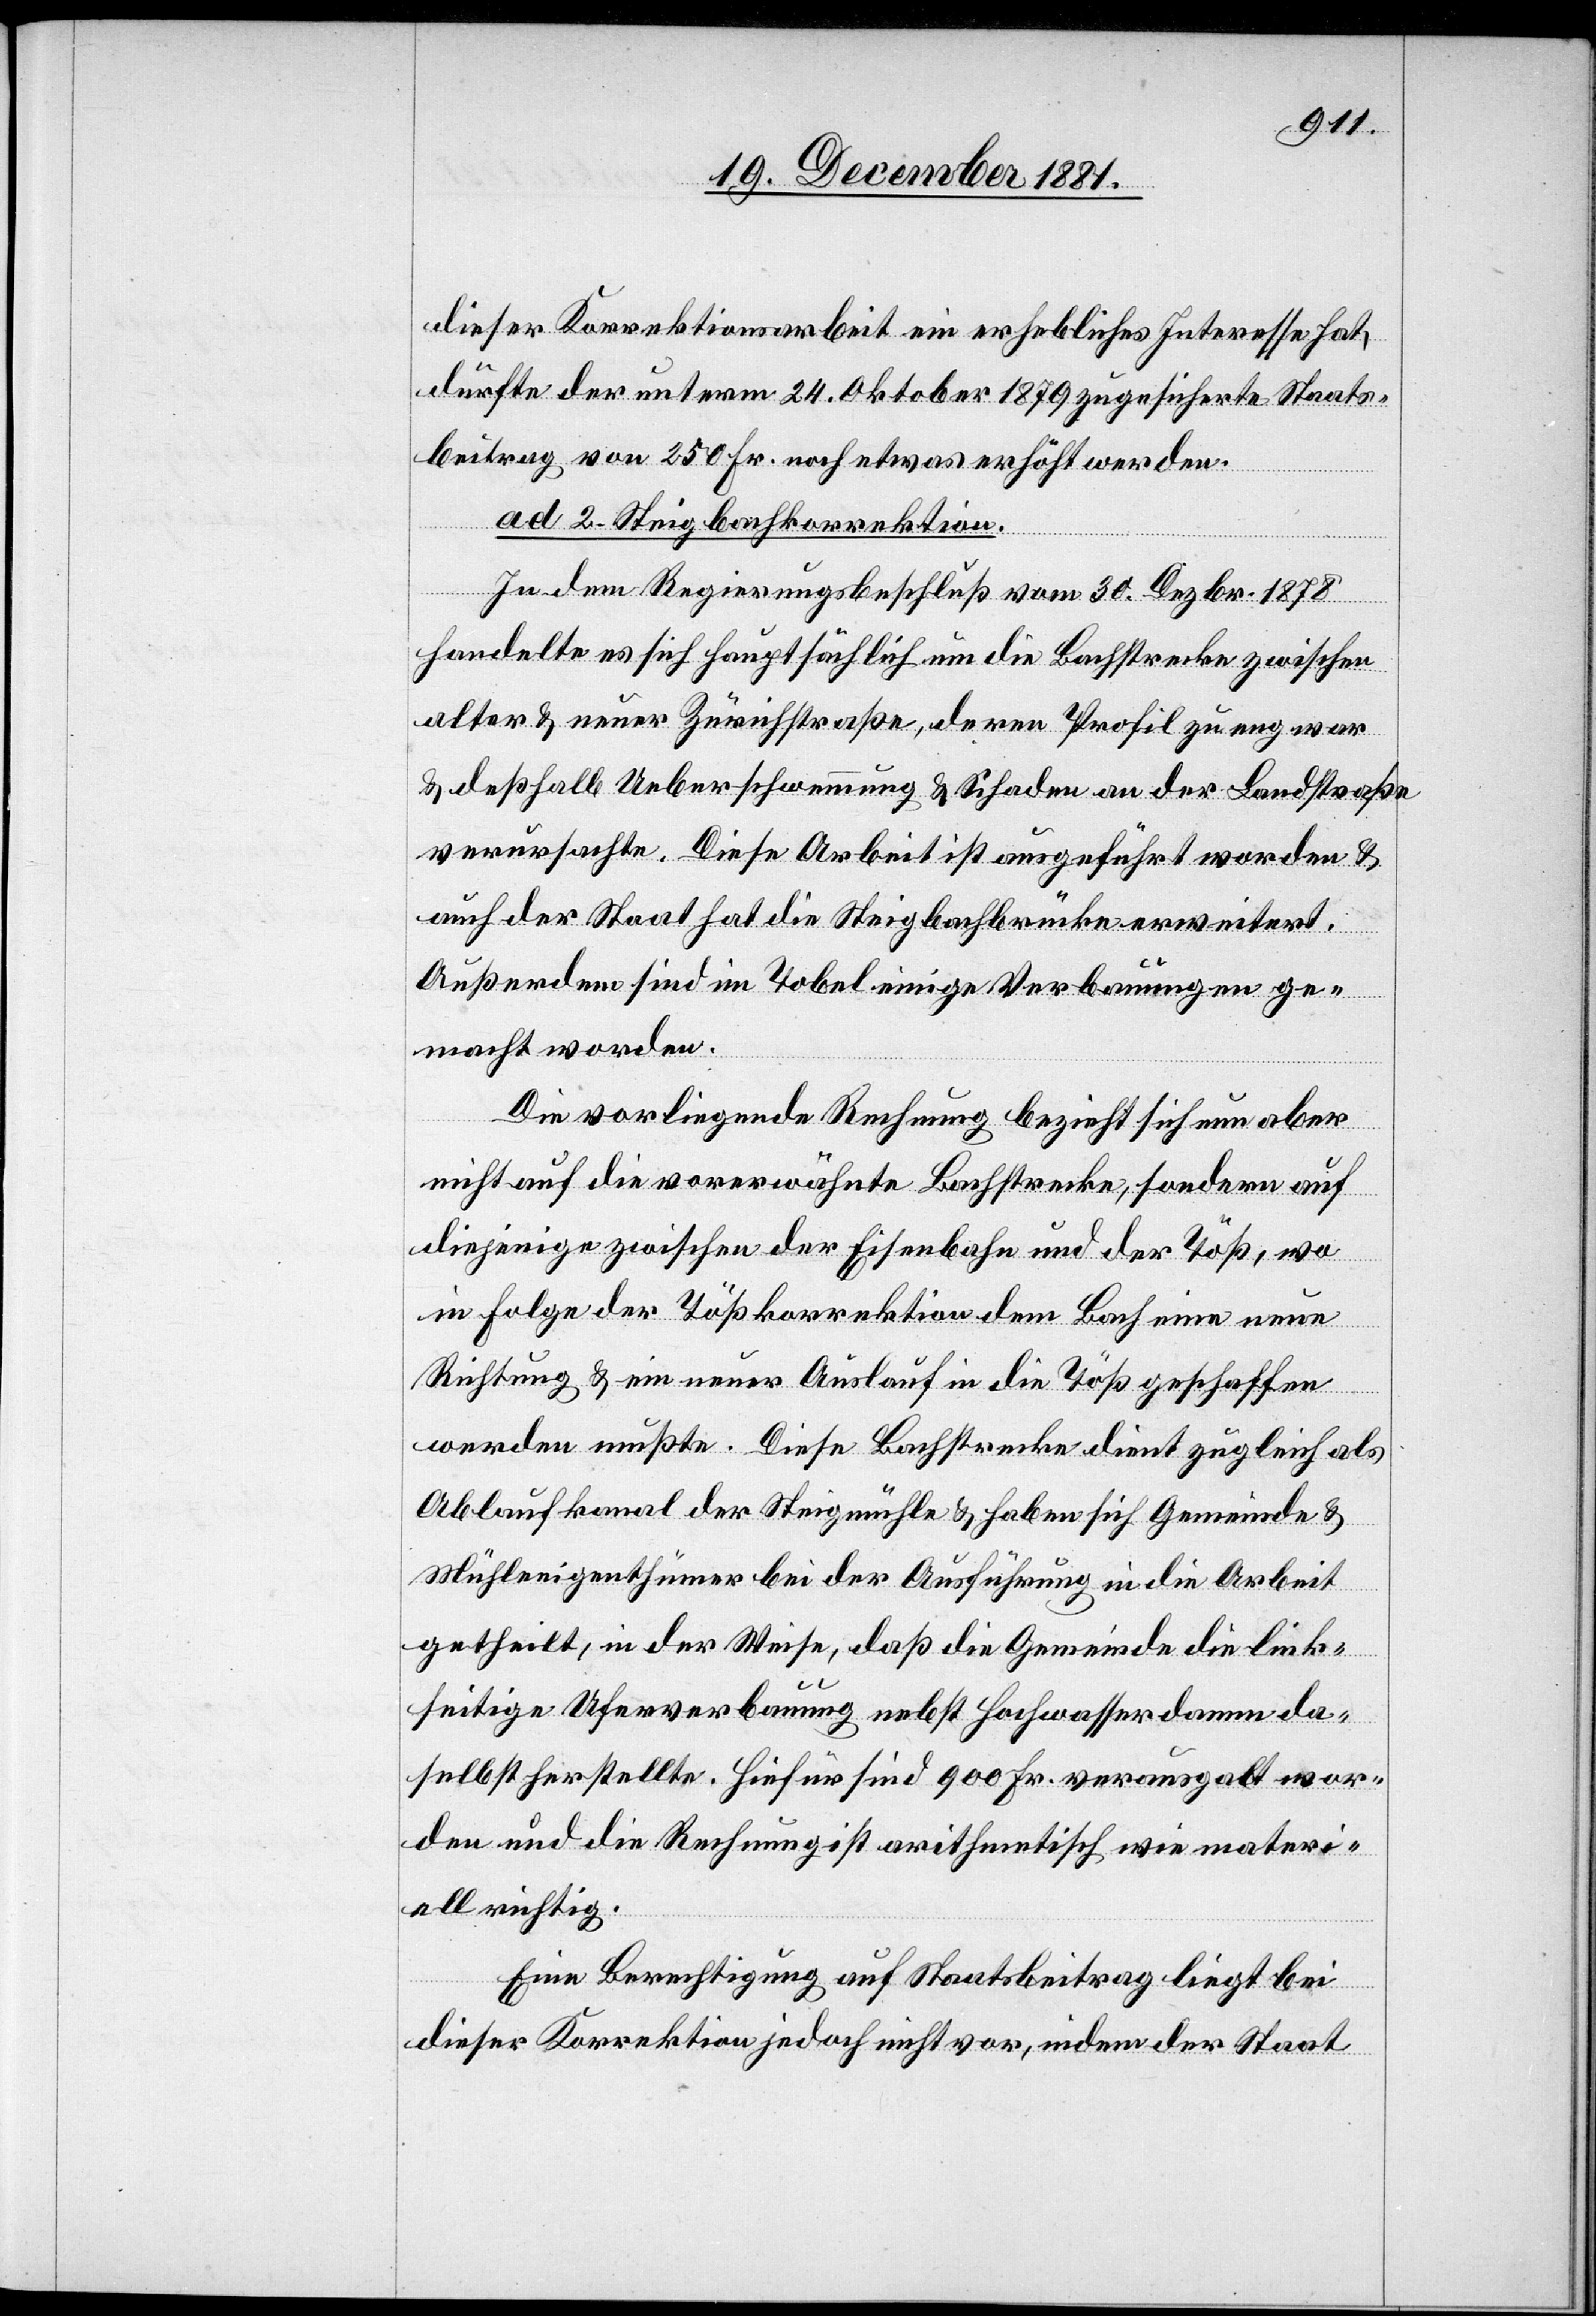
dieser Korrektionsarbeit ein erhebliches Interesse hat,
dürfte der unterm 24. Oktober 1879 zugesicherte Staats¬
beitrag von 250 Fr. noch etwas erhöht werden.
ad 2. Steigbachkorrektion.
In dem Regierungsbeschluß vom 30. Dezbr. 1878
handelte es sich hauptsächlich um die Bachstraße zwischen
alter & neuer Zürichstraße, deren Profil zu eng war
& deßhalb Ueberschwemmung & Schaden an der Landstraße
verursachte. Diese Arbeit ist ausgeführt worden &
auch der Staat hat die Steigbachbrücke erweitert.
Außerdem sind im Tobel einige Verbauungen ge¬
macht worden.
Die vorliegende Rechnung bezieht sich nun aber
nicht auf die vorerwähnte Bachstraße, sondern auf
diejenige zwischen der Eisenbahn und der Töß, wo
in Folge der Tößkorrektion dem Bach eine neue
Richtung & ein neuer Auslauf in die Töß geschaffen
werden mußte. Diese Bachstrecke dient zugleich als
Ablaufkanal der Steigmühle & haben sich Gemeinde &
Mühleeigenthümer bei der Ausführung in die Arbeit
getheilt, in der Weise, daß die Gemeinde die link¬
seitige Uferverbauung nebst Hochwasserdamm da¬
selbst herstellte. Hiefür sind 900 Fr. verausgabt wor¬
den und die Rechnung ist arithmetisch wie materi¬
ell richtig.
Eine Berechtigung auf Staatsbeitrag liegt bei
dieser Korrektion jedoch nicht vor, indem der Staat